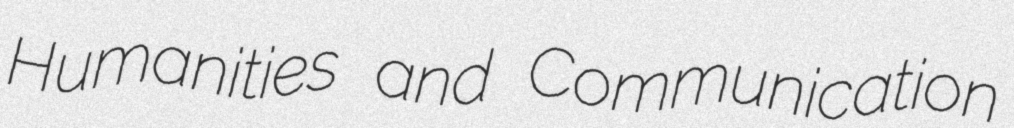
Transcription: Humanities and Communication